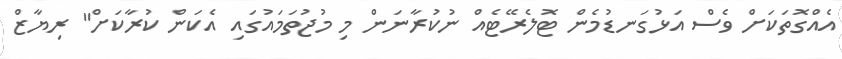
އެއްގޮތަކަށް ވެސް އަޅުގަނޑުމެން ޓޮލެރޭޓެއް ނުކުރާނަން މި މުޖުތަމައުގައި އެކަން ކުރާކަށް" ރިޔާޒް